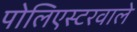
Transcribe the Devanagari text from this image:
पोलिएस्टरवाले